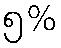
၅%